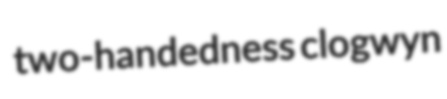
two-handedness clogwyn